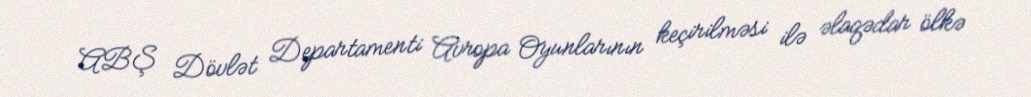
ABŞ Dövlət Departamenti Avropa Oyunlarının keçirilməsi ilə əlaqədar ölkə